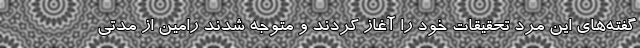
گفته‌های این مرد تحقیقات خود را آغاز کردند و متوجه شدند رامین از مدتی